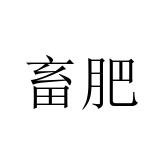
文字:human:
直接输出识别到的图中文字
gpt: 畜肥